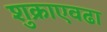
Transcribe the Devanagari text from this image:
शुक्राएवढा